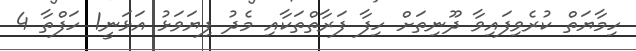
ހިމާޔަތް ކުރެވިފައިވާ ދޫނިތަށް ހިފާ ފަރާތްތަކާއި މެދު ފިޔަވަޅު އަޅަނީ1 ހަފްތާ 4